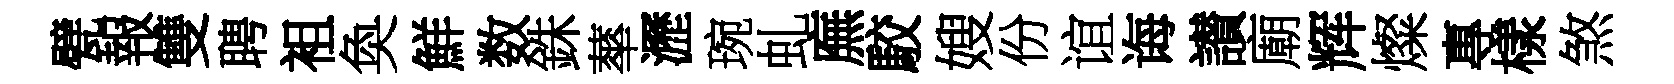
甓報雙聘袓奐鮮数銖蕐瀝琬虬廡駮嫂份谊诲讃廟辉燦專樣煞